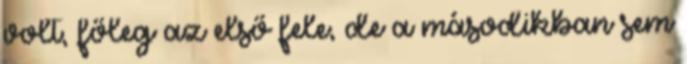
volt, főleg az első fele, de a másodikban sem